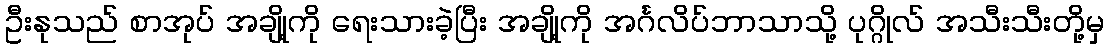
ဦးနုသည် စာအုပ် အချို့ကို ရေးသားခဲ့ပြီး အချို့ကို အင်္ဂလိပ်ဘာသာသို့ ပုဂ္ဂိုလ် အသီးသီးတို့မှ